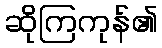
ဆိုကြကုန်၏